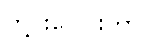
တို့ပူးပေါင်းကာ